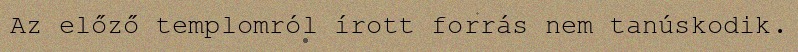
Az előző templomról írott forrás nem tanúskodik.